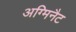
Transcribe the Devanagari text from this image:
अग्मिनैट